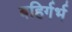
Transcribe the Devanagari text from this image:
बहिर्गर्भ